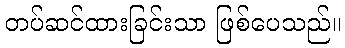
တပ်ဆင်ထားခြင်းသာ ဖြစ်ပေသည်။